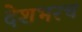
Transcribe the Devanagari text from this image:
देशभरच